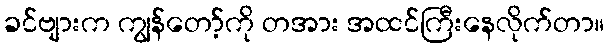
ခင်ဗျားက ကျွန်တော့်ကို တအား အထင်ကြီးနေလိုက်တာ။